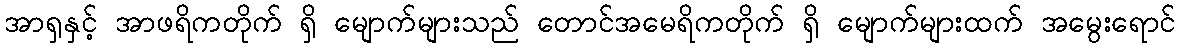
အာရှနှင့် အာဖရိကတိုက် ရှိ မျောက်များသည် တောင်အမေရိကတိုက် ရှိ မျောက်များထက် အမွေးရောင်